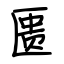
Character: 匮